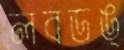
লবডঙ্